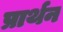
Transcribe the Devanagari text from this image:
प्रार्थन